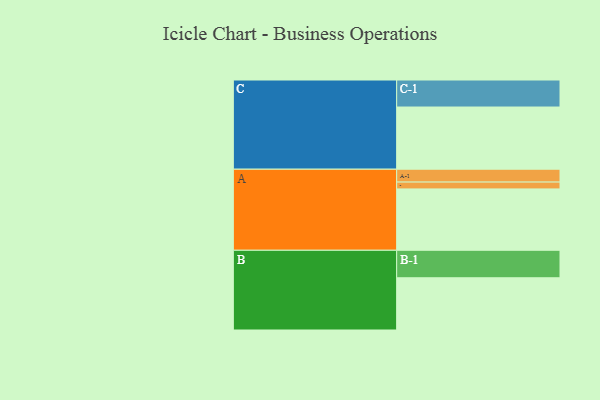
{"axis": {"x": "Segment", "y": "Value"}, "legend": ["", "A", "B", "C"], "data": [{"x": "A", "y": 511, "type": ""}, {"x": "B", "y": 435, "type": ""}, {"x": "C", "y": 518, "type": ""}, {"x": "A-1", "y": 107, "type": "A"}, {"x": "A-2", "y": 57, "type": "A"}, {"x": "B-1", "y": 229, "type": "B"}, {"x": "C-1", "y": 225, "type": "C"}]}